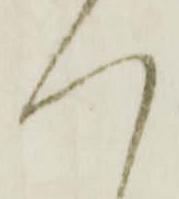
つ